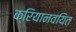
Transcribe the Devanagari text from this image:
क्रियानवयित